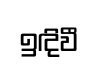
ඉඳිවී